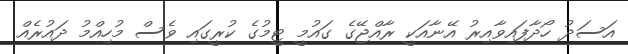
އަސަދު ހޯދާފައިވާއިރު އޭނާއަކީ ރާއްޖޭގެ ގައުމީ ޓީމުގެ ކުރީގައި ވެސް މުހިއްމު ދައުރެއް